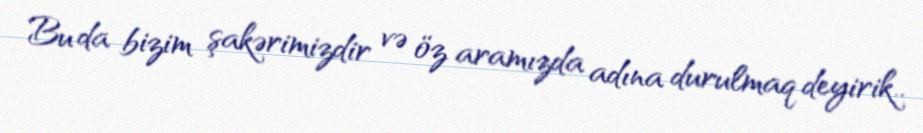
Bu da bizim şakərimizdir və öz aramızda adına durulmaq deyirik..